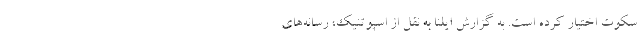
سکوت اختیار کرده است. به گزارش ایلنا به نقل از اسپوتنیک، رسانه‌های